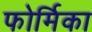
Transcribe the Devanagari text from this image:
फोर्मिका